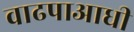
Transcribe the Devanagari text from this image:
वाढपाआधी